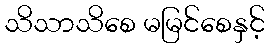
သိသာသိစေ မမြင်စေနှင့်